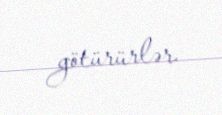
götürürlər.